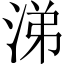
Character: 涕